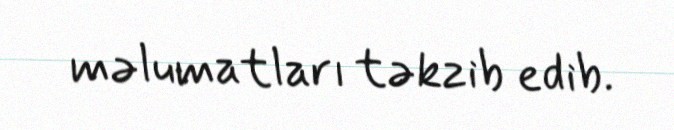
məlumatları təkzib edib.